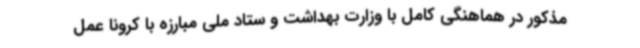
مذکور در هماهنگی کامل با وزارت بهداشت و ستاد ملی مبارزه با کرونا عمل